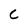
Character: C